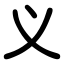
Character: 义